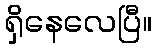
ရှိနေလေပြီ။